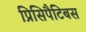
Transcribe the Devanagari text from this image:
प्रिसिपैटिबस